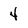
Character: 4